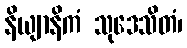
နိယျာနိကံ သုဒေသိတံ၊